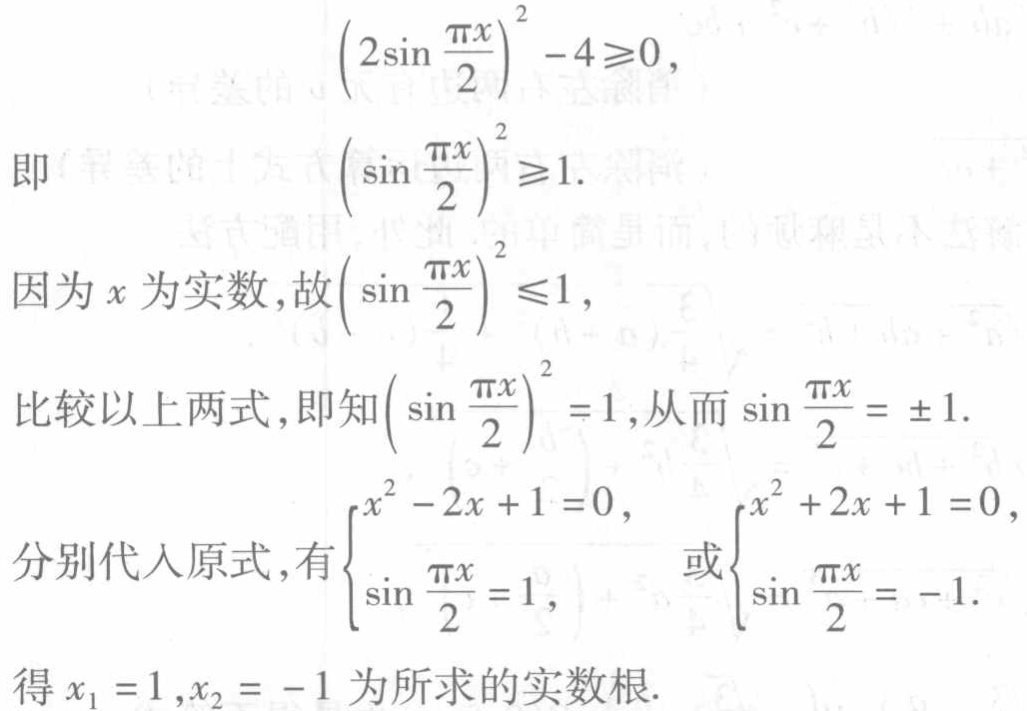
\(

\begin{align*}

&\left(2\sin\frac{\pi x}{2}\right)^2 - 4\geq0,\\

\text{即 }&\left(\sin\frac{\pi x}{2}\right)^2\geq1.\\

\text{因为 }x\text{ 为实数，故 }&\left(\sin\frac{\pi x}{2}\right)^2\leq1,\\

\text{比较以上两式，即知 }&\left(\sin\frac{\pi x}{2}\right)^2 = 1\text{，从而 }\sin\frac{\pi x}{2}=\pm1.\\

\text{分别代入原式，有 }&\begin{cases}

x^2 - 2x + 1 = 0,\\

\sin\frac{\pi x}{2}=1,

\end{cases}\text{ 或 }\begin{cases}

x^2 + 2x + 1 = 0,\\

\sin\frac{\pi x}{2}=-1.

\end{cases}\\

\text{得 }&x_1 = 1,x_2=-1\text{ 为所求的实数根.}

\end{align*}

\)